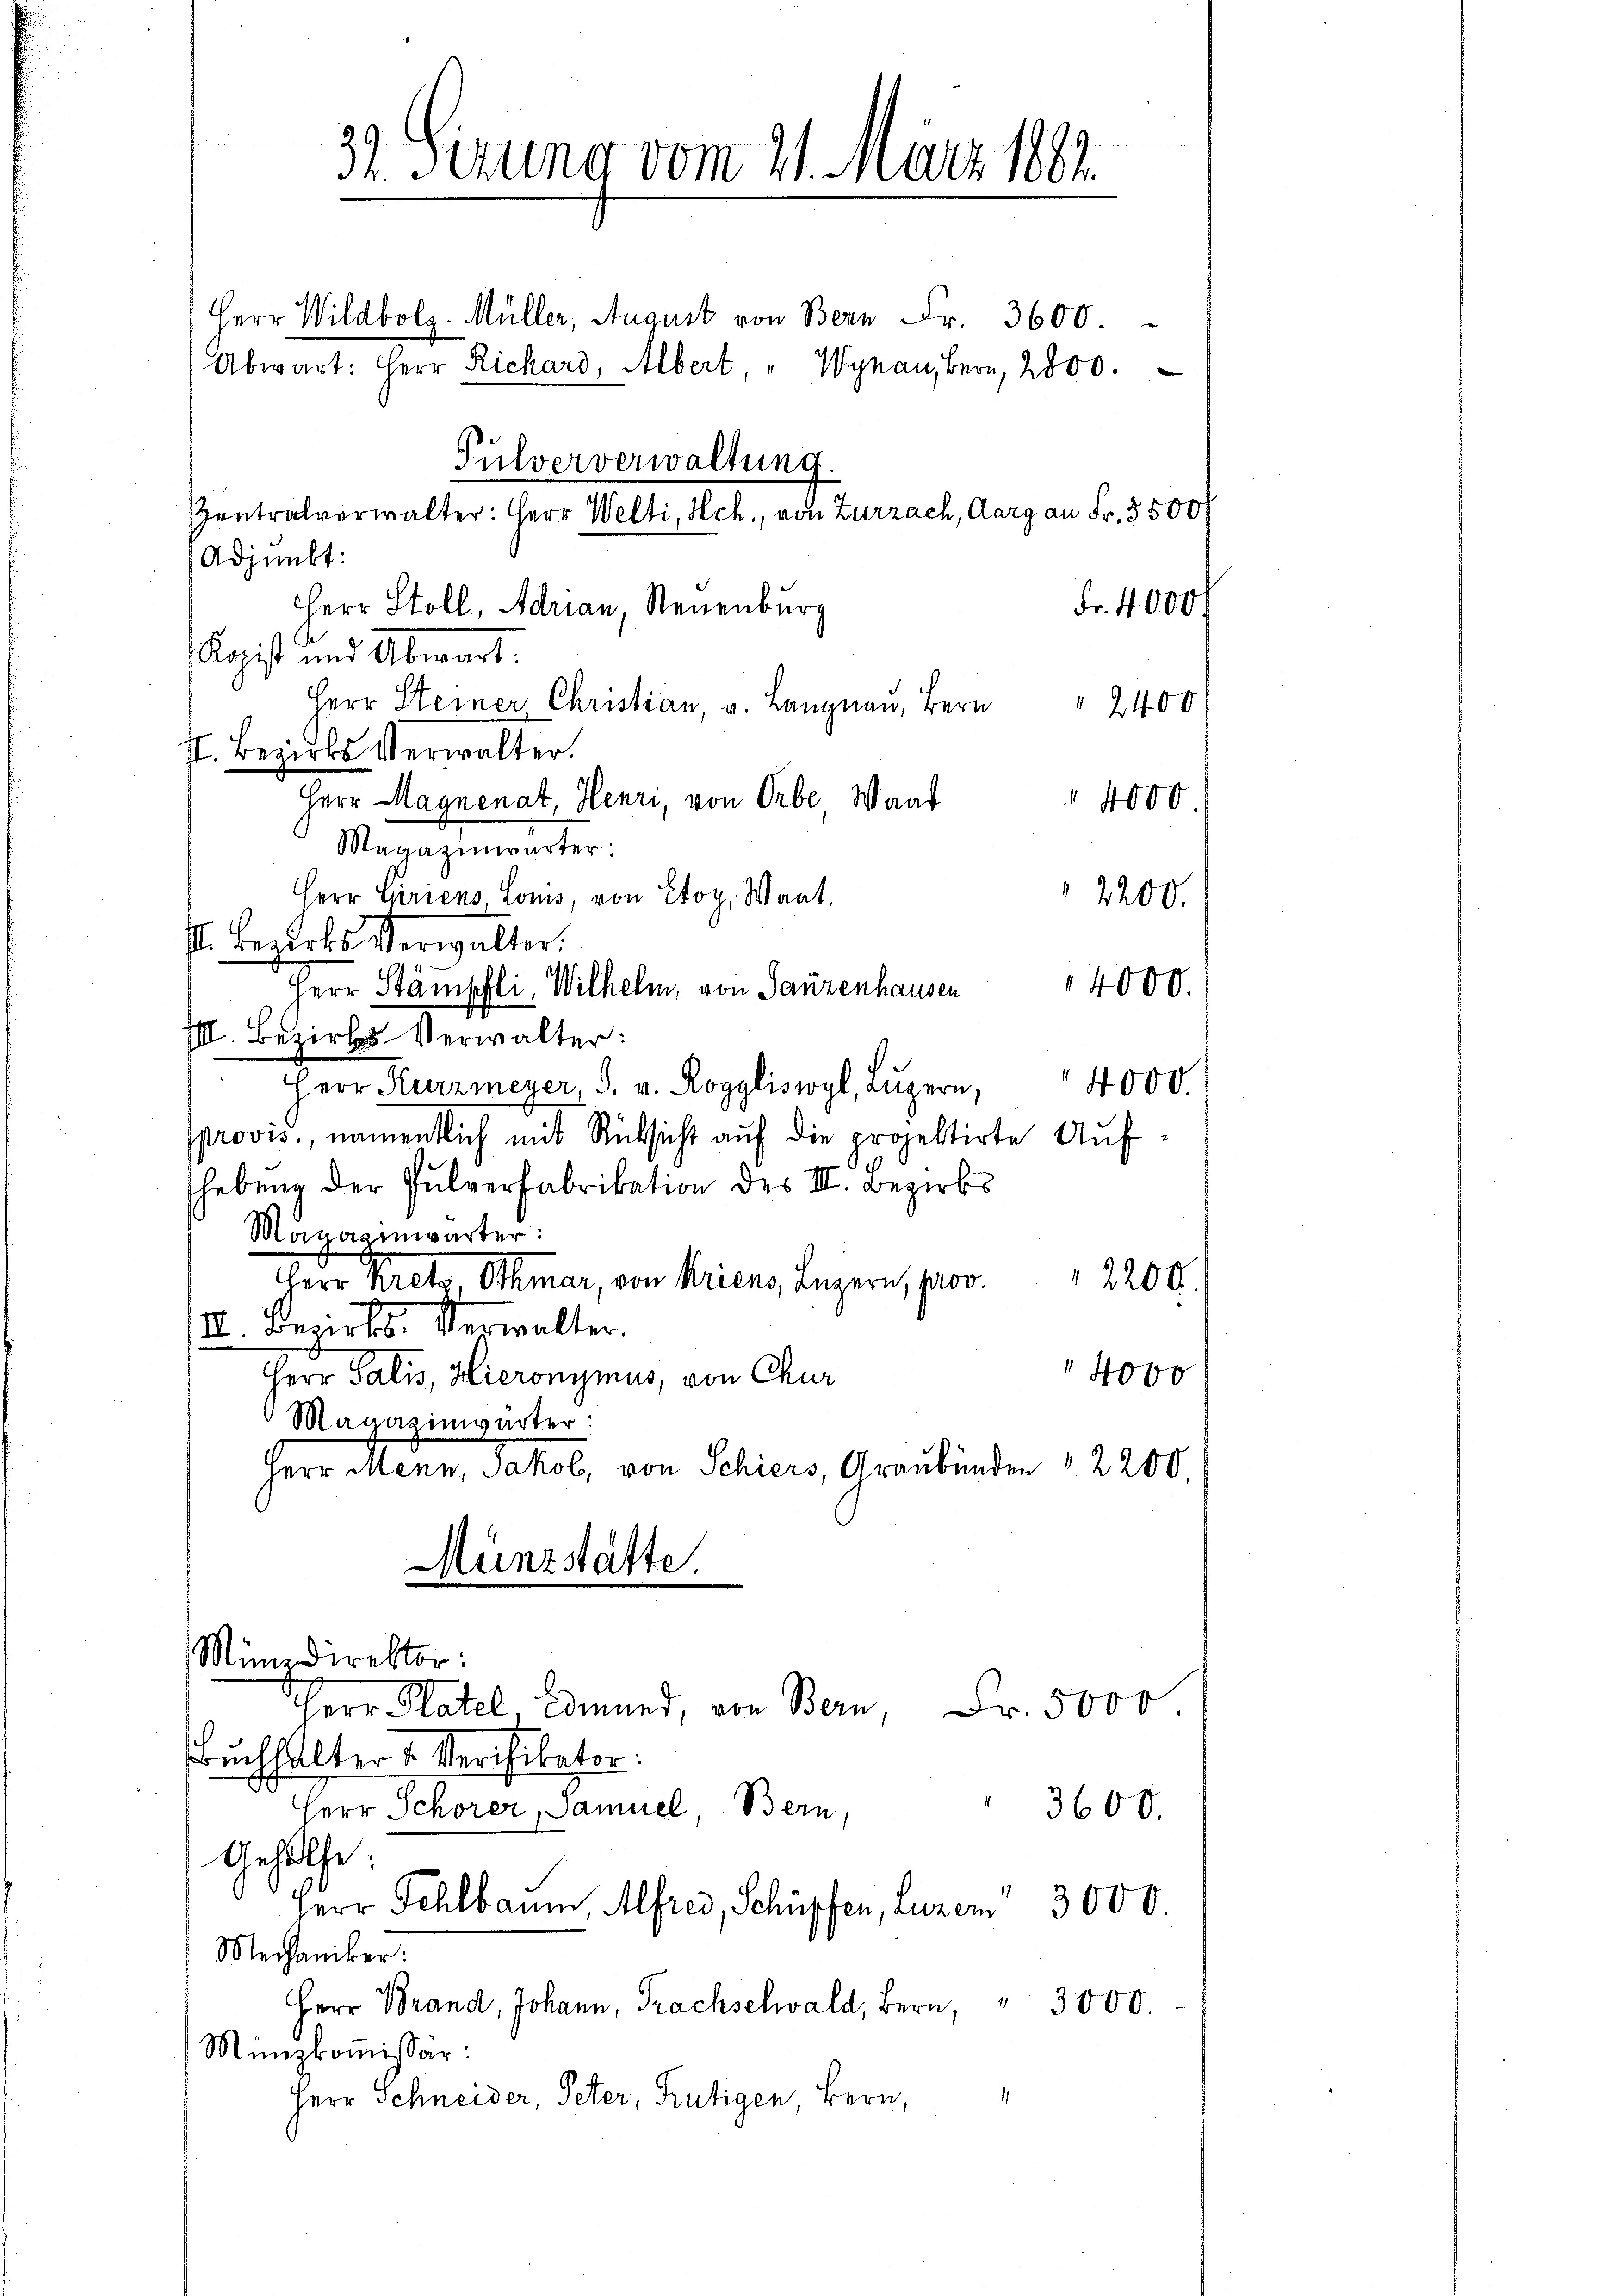
3. Sizung vom 21. März 1882.

Herr Wildbolz-Müller, August von Bern Fr. 3600.
Abwart: Herr Richard, Albert, " Wynau, Bern, 2800.
Pulververwaltung.
Zentralverwalter: Herr Welti, Hch., von Zurzach, Aarg an Fr. 3500
Adjunkt:
Fr. 4000
Herr Stoll, Adrian, Neuenburg
Kopist und Abwart.
Herr Steiner Christian u. Langnau, Bern 2400
I. Bezirks Verwalter.
Herr Magnenat, Henri, von Orbe Wand" 4000
Monathemater,
Herr Carriens, Louis, von Etoy, Waat,
2200.
I. Bezirks Verwalter:
14000.
Herr Stämpfli, Wilhelm, von Ganzenhausen
III. Bezirks-Verwalter:
4000.
Herr Kurzmeyer, S. v. Roggliswyl, Luzern,
provis, namentlich mit Rücksicht auf die projektirte Aufhebung der Pulverfabrikation des III. Bezirks
Magazinwärter:
12200.
a Greb Othmar, von Kriens, Luzern, prov.
III. Bezirks. Verwalter.
4000
Herr Salis, Hieronymus, von Chur
Magazinwarter
Herr Menn, Jakob, von Schiers, Graubünden 2200.
Münzstätte.
Münzdirektor:
dch Platel, Edmund, von Bern, Fr. 5000
Buchhalter u Verifikator.
3600.
Herr Schorer, Samuel Bern,
Gehülfe.
Herr Schlbaum Alfred, Schüpfen, Luzer 3000.
Mechaniker.
Herr Brand, Johann, Trachselwald, Bern, " 3000.
Münzkommissär:
1
Herr Schneider, Peter, Frutigen, Bern,